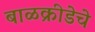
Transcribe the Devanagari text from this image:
बाळक्रीडेचे